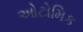
ઓટોમિક